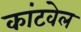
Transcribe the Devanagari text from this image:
कांटवेल